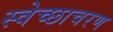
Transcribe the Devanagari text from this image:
स्वेच्छाचरण